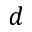
d